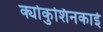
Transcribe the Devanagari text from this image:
क्योकुशिनकाई